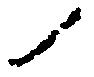
ノ